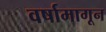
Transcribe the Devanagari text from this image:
वर्षामागून